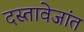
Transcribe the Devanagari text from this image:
दस्तावेजांत